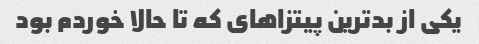
یکی از بدترین پیتزا‌های که تا حالا خوردم بود